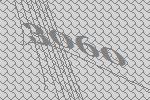
3060